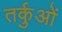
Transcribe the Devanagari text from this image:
तर्कुओं